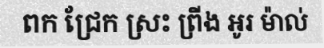
ពក ជ្រែក ស្រះ ព្រីង អូរ ម៉ាល់